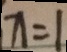
x = 1